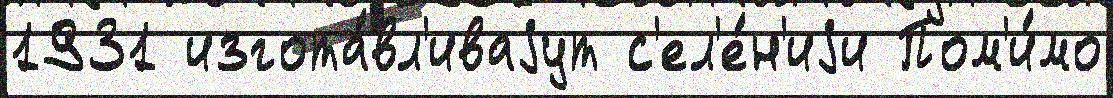
1931 изгота́вл'иваjут с'ел'е́н'иjи Пом'и́мо